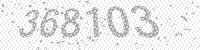
Solution: 368103